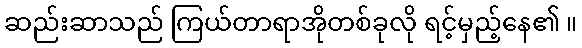
ဆည်းဆာသည် ကြယ်တာရာအိုတစ်ခုလို ရင့်မှည့်နေ၏ ။